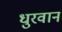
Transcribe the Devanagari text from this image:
धुरवान